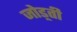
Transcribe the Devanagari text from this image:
जोड़्ती